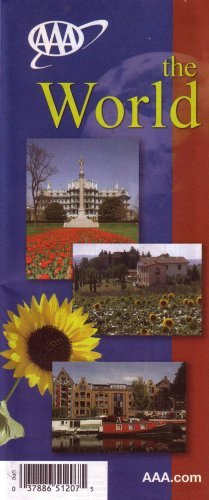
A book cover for AAA The World Map 2007 (037886512075, 2007-209807); AAA; Travel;